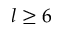
l \ge 6